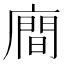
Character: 𪪢